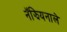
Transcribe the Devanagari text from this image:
नॅझियनाले